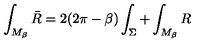
\int _ { M _ { \beta } } \bar { R } = 2 ( 2 \pi - \beta ) \int _ { \Sigma } + \int _ { M _ { \beta } } R